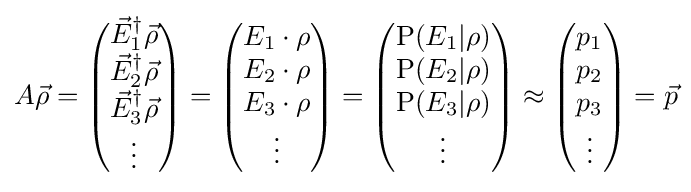
A{\vec {\rho }}={\begin{pmatrix}{\vec {E}}_{1}^{\dagger }{\vec {\rho }}\\{\vec {E}}_{2}^{\dagger }{\vec {\rho }}\\{\vec {E}}_{3}^{\dagger }{\vec {\rho }}\\\vdots \end{pmatrix}}={\begin{pmatrix}E_{1}\cdot \rho \\E_{2}\cdot \rho \\E_{3}\cdot \rho \\\vdots \end{pmatrix}}={\begin{pmatrix}\mathrm {P} (E_{1}|\rho )\\\mathrm {P} (E_{2}|\rho )\\\mathrm {P} (E_{3}|\rho )\\\vdots \end{pmatrix}}\approx {\begin{pmatrix}p_{1}\\p_{2}\\p_{3}\\\vdots \end{pmatrix}}={\vec {p}}